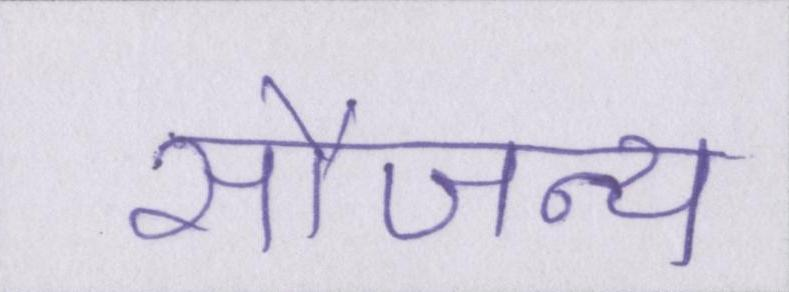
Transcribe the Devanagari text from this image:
सौजन्य